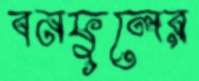
বনফুলের